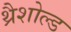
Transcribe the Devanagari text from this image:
थ्रैशोल्ड